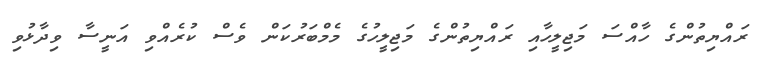
ރައްޔިތުންގެ ހާއްސަ މަޖިލީހާއި ރައްޔިތުންގެ މަޖިލީހުގެ މެމްބަރުކަން ވެސް ކުރެއްވި އަނީސާ ވިދާޅުވި